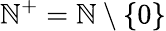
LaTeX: \mathbb{N}^{+}=\mathbb{N}\setminus\{ 0\}